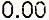
0.00